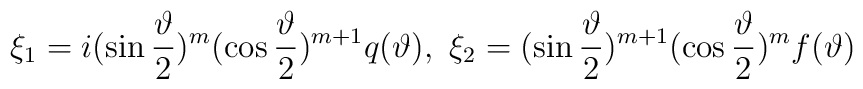
\quad \xi _1=i(\sin \frac \vartheta 2)^m(\cos \frac \vartheta2)^{m+1}q(\vartheta ),\ \xi _2=(\sin \frac \vartheta 2)^{m+1}(\cos \frac\vartheta 2)^mf(\vartheta )